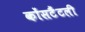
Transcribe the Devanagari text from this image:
कोंसटैंटली